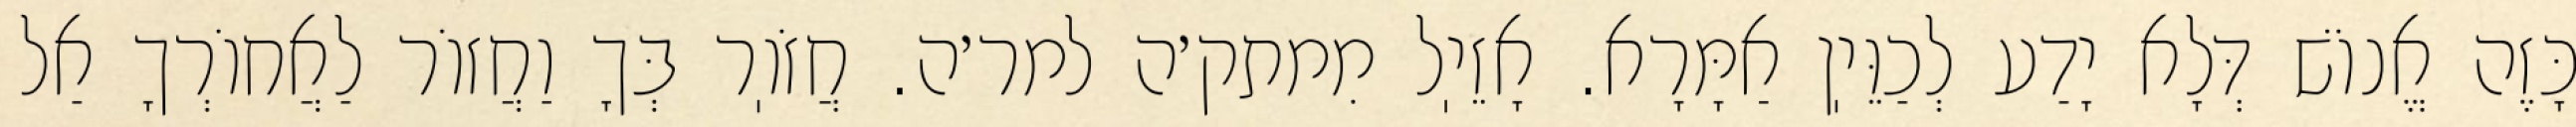
כָּזֶה אֱנוֹשׁ דְּלָא יָדַע לְכַוֵּיֽן אַמָּרָא. אָזֵיֽל מִמתק׳ה למר׳ה. חֲזֹוֽר בְּךָ וַחֲזוֹר לַאֲחוֹרְךָ אַל